Lunatic asylums Burma 1922-24 - 1922-1924
Year: 1922
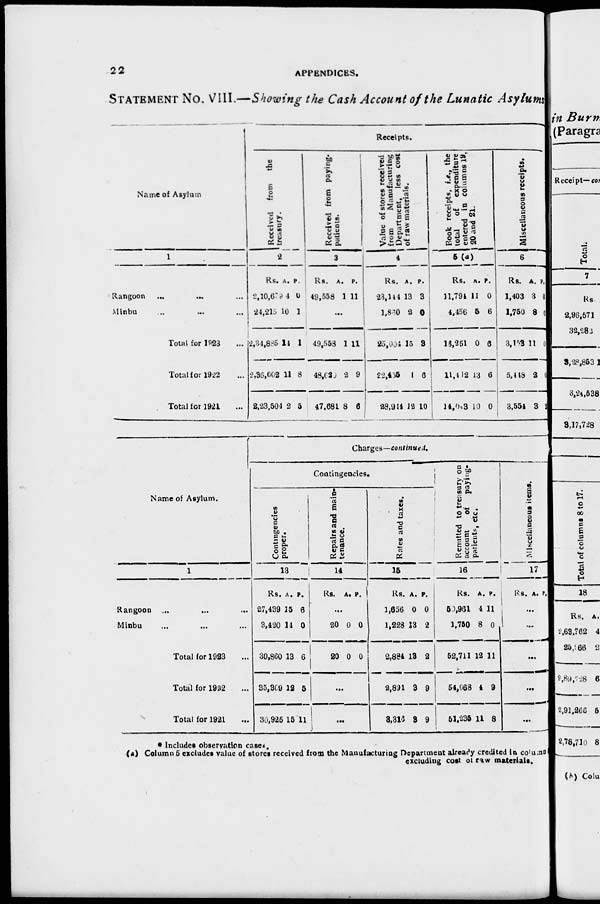
22
APPENDICES.
STATEMENT No. VIII.—Showing the Cash Account of the Lunatic Asylums
Name of Asylum.
1
Rangoon ... ... ...
Minbu ... ... ...
Total for 1923 ...
Total for 1922 ...
Total for 1921 ...
Receipts.
Received from the
treasury.
2
Rs.
2,10,670
24,215
2,34,885
2,36,602
2,23,504
A.
4
10
14
11
2
P.
0
1
1
8
5
Received from paying-
patients.
3
Rs.
49,558
A.
1
P.
11
...
49,553
48,620
47,681
1
2
8
11
9
6
Value of stores received
from
Manufacturing
Department, less cost
of raw materials.
4
Rs.
23,144
1,830
25,004
22,455
28,944
A.
13
2
15
1
12
P.
3
0
3
6
10
Book receipts, i.e., the
total
of expenditure
entered in columns 19,
20 and 21.
5 (a)
Rs.
11,794
4,456
16,251
11,412
14,043
A.
11
5
0
13
10
P.
0
6
6
6
0
Miscellaneous receipts.
6
Rs.
1,403
1,750
3,153
5,448
3,554
A.
3
8
11
2
3
P.
0
0
0
0
2
Name of Asylum.
1
Rangoon ... ... ...
Minbu ... ... ...
Total for 1923 ...
Total for 1932 ...
Total for 1921 ...
Charges—continued.
Contingencies.
Contingencies
proper.
13
Rs.
27,439
3,420
30,860
35,309
30,925
A.
15
14
13
12
15
P.
6
0
6
5
11
Repairs and main-
tenance.
14
Rs. A. P.
...
20
20
0
0
0
0
...
...
Rates and taxes.
15
Rs.
1,656
1,228
2,884
2,891
3,316
A.
0
13
13
3
3
P.
0
2
2
9
9
Remitted to treasury on
account
of
paying-
patients, etc.
16
Rs.
50,961
1,750
52,711
54,063
51,235
A.
4
8
12
4
11
P.
11
0
11
9
8
Miscellaneous items.
17
Rs. A. P.
...
...
...
...
...
* Includes observation cases.
(a) Column 5 excludes value of stores received from the Manufacturing Department already credited in column
excluding cost of raw materials.